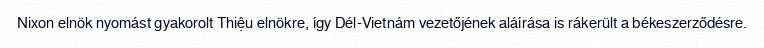
Nixon elnök nyomást gyakorolt Thiệu elnökre, így Dél-Vietnám vezetőjének aláírása is rákerült a békeszerződésre.